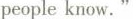
people know.”